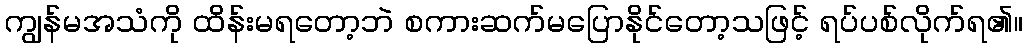
ကျွန်မအသံကို ထိန်းမရတော့ဘဲ စကားဆက်မပြောနိုင်တော့သဖြင့် ရပ်ပစ်လိုက်ရ၏။